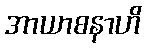
အာယာစနာဟိ